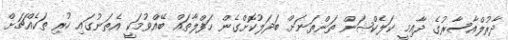
ދާރުލްއާސާރުގެ ދާއިމީ ކަލެކްޝަން ތަންތަނަށް ބަދަލުކޮށްގެން ހަފްލާތައް ބޭއްވުމަކީ އެތަނުގައި ހުރި ތަކެއްޗަށް